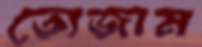
তোজাম